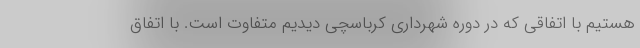
هستیم با اتفاقی که در دوره شهرداری کرباسچی دیدیم متفاوت است. با اتفاق